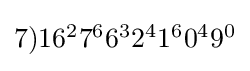
{\begin{matrix}7)16^{2}7^{6}6^{3}2^{4}1^{6}0^{4}9^{0}\end{matrix}}